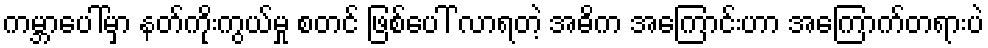
ကမ္ဘာပေါ်မှာ နတ်ကိုးကွယ်မှု စတင် ဖြစ်ပေါ် လာရတဲ့ အဓိက အကြောင်းဟာ အကြောက်တရားပဲ